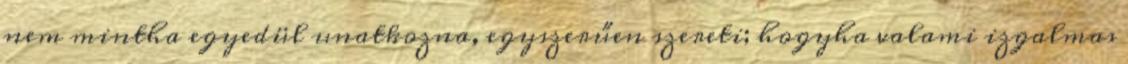
nem mintha egyedül unatkozna, egyszerűen szereti; hogyha valami izgalmas